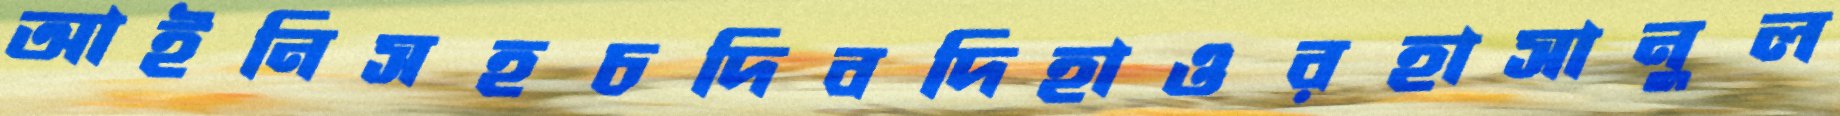
আইনিসহচদিবদিহাওরহাসানুল